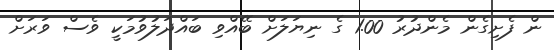
ން ފެށިގެން މެންދުރު 1.00 ގެ ނިޔަލަށް ބޭއްވި ބައްދަލުވުމަކީ ވެސް ވަރަށް